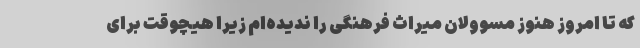
که تا امروز هنوز مسوولان میراث فرهنگی را ندیده‌ام زیرا هیچوقت برای